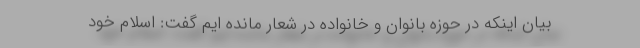
بیان اینکه در حوزه بانوان و خانواده در شعار مانده ایم گفت: اسلام خود